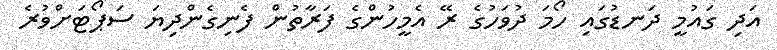
އަދި ގައުމީ ދަނޑުގައި ހޯމަ ދުވަހުގެ ރޭ އެމީހުންގެ ފަރާތުން ފެނިގެންދިޔަ ސަޕޯޓަށްވުރެ